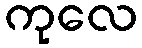
ကုလေ